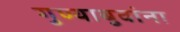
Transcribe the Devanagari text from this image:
गुण्याबुवांना